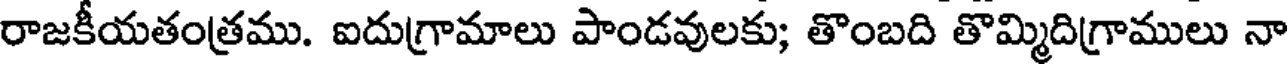
రాజకీయతంత్రము. ఐదుగ్రామాలు పాండవులకు; తొంబది తొమ్మిదిగ్రాములు నా